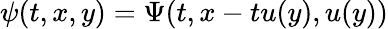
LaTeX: \psi(t,x,y)=\Psi(t,x-tu(y),u(y))